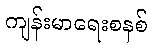
ကျန်းမာရေးစနစ်